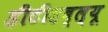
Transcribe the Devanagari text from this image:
डीटीडब्ल्यू